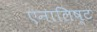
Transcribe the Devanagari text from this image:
एनालिष्ट